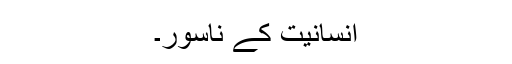
انسانیت کے ناسور۔